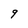
Character: 9